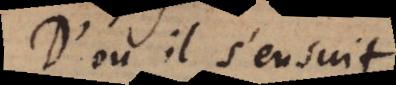
D’où il s’ensuit